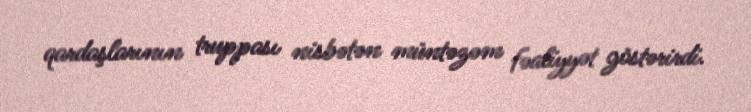
qardaşlarının truppası nisbətən müntəzəm fəaliyyət göstərirdi.